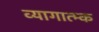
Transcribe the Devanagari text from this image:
व्यागात्म्क